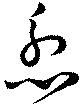
忿